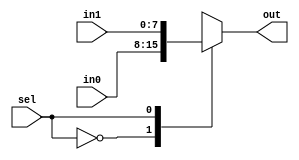
module MUX2X1 #(parameter size = 8)(in0,in1,sel,out);
input wire [size-1:0] in0,in1;
input wire sel;
output reg [size-1:0] out;


always @(*)
	begin
		case(sel)
			0:out=in0;
			1:out=in1;
		endcase
	end

endmodule